Vital statistics of India. Vol. IV, Annual returns from 1871 to 1876. British Army of India, Native Army and jails of Bengal
Year: 1871
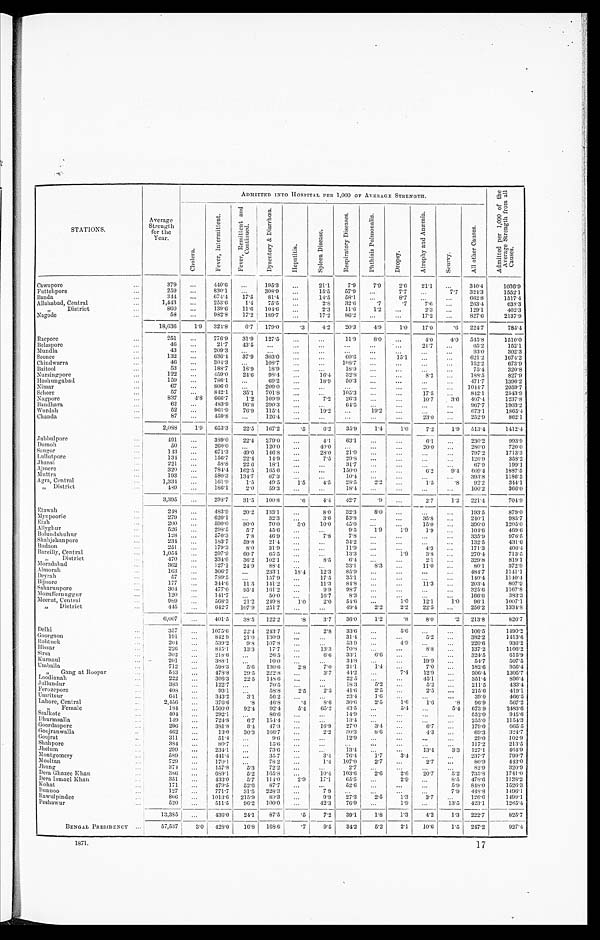
STATIONS.
ADMITTED INTO HOSPITAL PER 1,000 OF AVERAGE STRENGTH.
A d m i t t e d p e r 1 , 0 0 0 o f t h e A v e r a g e S t r e n g t h f r o m a l l C a u s e s .
Average
Strength
for the
Year.
Chol e r a .
F e v e r , I n t e r m i t t e d .
F e v e r , R e m i t t e n t a n d C o n t i n u e d .
D y s e n t e r y & D i a r r h œ a .
He p a t i t i s .
S p l e e n D i s e a s e .
R e s p i r a t o r y D i s e a s e s .
P h t h i s i s P u l m o n a l i s .
Dropsy.
A t r o p h y a n d A n æ m i a
Scur vy.
A l l o t h e r C a u s e s .
Cawnpore
...
379
. . .
4-10.6
...
195.3
. . . 21.1
7.9
7.9
2.6
21.1
...
340.4
1036.9
Futtehpore
...
259
...
830.1
...
308.9
...
15.5
57.9
...
7.7 ...
7.7 324.3
1552.1
Banda
...
3 4 4
...
674.4
17.5
81.4
...
14.5
58.1
...
8.7
...
...
662.8
1517.4
Al l ahabad, Cent r al
...
1, 443
...
253.6
1.4
75.5
. . . 2.8
32.6
. 7
. 7 7.6 ...
263.4
638.3
,, District
...
860
. . .
139.6
11.6 104.6
. . . 2.3
11.6
1.2...
2.3 ...
129.1
402. 3
Nagode
...
58
. . .982.8
17.2 189.7
...
17.2
86.2
...
...
17.2
...
827.6
2137.9
18,636
1.9 324.8
6.7 179.0
.3
4 . 2
20.3
4 . 9
1.0
17.0
. 6 224.7
785.4
Reapore
. . .
251
...
776.9
31.9 127.5
. . .
...
11.9
8.0 ...
4. 0
4 . 0 545.8
1510.0
Belaspore
...
46 ...
21.7
43.5
...
. . . ...
...
...
...
21.7
...
65.2
152.1
Mundla
...
43
. . . 209.3
...
...
. . .
. . .
. . . ...
. . .
...
...
93. 0
302.3
Seonee
...
132
...
636.4
3 7 . 9
303. .
...
...
60.6 ...
15.1
...
...
621.2
1674.2
Chi ndwar r a
...
46
. . . 304.3
...
108.7
. . . ...
108.7 ...
. . .
...
152.2
673.9
Baitool
...
53
...
188.7
1 8 . 9
18.9
...
...
18.9 ...
...
...
75.4
320. 8
Nur si ngpor e
...
1 2 2
...
459.0
24.6
98.4
. . . 16.4
32.8
...
...
8.2 ...
188.5
827.9
Hoshungabad
...
159
. . .
786.1
...
69.2 ...
18.9
5
0.3 ...
...
...
...
471.7
1396.2
Nimar
...
67
. . . 806.6
...
209.0
. . .
...
. . . ...
...
. . .
...
1044.7
2059.7
Sehore
...
57
...
842.1
3 5 . 1
701.8
. . . ...
105. 3
...
...
17.5 ...
842.1
2543.9
Nagpore
...
837
4 . 8
666.7
1.2 109.9
...
7.2
26. 3
...
...
10.7
3 . 6 407.4
1237.8
Bandhara
...
62
. . . 483.9
96.8 290.3
. . . ...
64. 5
...
...
. . .
...
967.7
1903.2
Wurdah
...
52
...
961.9
76.9 115.4
. . . 19.2
...
19.2 ...
...
...
673.1
1865.4
Chanda
...
87
. . .
459.8 ...
126.4
. . . ...
...
...
...
23.0 ...
252.9
862. 1
2,088
1.9 653.3
22.5 167.2
. 5
6.2
35. 9
1.4
1 . 0 7.2
1 . 9 513.4
1412.4
Jubbulpore
... 491
. . . 389.0
22.4 279.0
. . .
4.1
63.1
...
...
6.1 ...
230.2
993.9
Dumoh
...
50
...
260.0 ...
120.0
...
40.0 ...
...
...
20.0
280.0
720. 0
Sangor
...
143
...
671.3
4 9 . 0
146.8
. . .
28.0
21.0
...
...
. . .
. . .
797.2
1713.3
Lul l ut pore
...
134
. . .
156.7
22.4
14.9
...
7 . 5
29. 8
. . . ...
. . .
. . .
126.9
358.2
J h a n s i
...
221
. . .
58.8
22.6
18.1
...
...
31.7
...
...
. . .
. . .
67.9
199.1
Aj me r e
...
320
...
784.4 162.5 165.6
...
...
150.0 ...
...
6.2
9.4 609.4
1887.5
M u t t r a
...
193
...
580.3
134.7
67.3
. . .
...
10.4
...
. . .
...
. . .
393.8
1186.5
A g r a , C e n t r a l
...
1, 344 ...
161.9
1 . 5 49.5
1.5
4.5
28.5
2.2 ...
1.5
. 8 92.2
344.1
,, District
...
4 8 9 . . .
186.1
2.0
59.3
...
...
18.4 ...
...
...
...
100.2
366.0
3,395
. . .
298.7
31.5 100.8
.6
4.4
4 2 . 7
. 9 ...
2.7
1.2 221.4
704.9
E t a w a h
...
248
. . .
483.9
20.2 133.1
. . . 8.0
32.3
8.0
...
...
...
193.5
879.0
Mynpoorie
...
279 . . .
620.1
...
32.3
...
3.6
53.8 ...
...
35.8 ...
240.1
985.7
Etah
...
2 0 0
...
590.0
8 0 . 0
70.0
5.0
10.0
45.0 ...
...
15.0 ...
390.0
1205.0
Al l y g h u r
...
526
...
298.5
5.7
45.6
. . . ...
9.5
1 . 9
1 . 9 1.9 ...
104.6
4 6 9 . 6
Bilundshuhur
...
128
...
570.3
7.8
46.9
. . .
7.8
7.8
...
. . .
. . .
. . .
335.9
976.5
S h a h j e h a n p o r e
...
234
...
183.7
59.8
21.4
...
34.2
...
...
...
...
132.5
431.6
Budaon
...
251
...
179.3
8.0
31.9
. . .
... 11.9
...
...
4.0 ...
171.3
406.4
B a r e i l l y , C e n t r a l
...
1,054
...
297.9
60.7
65.5
...
...
13.3
1.9
3.8 ...
270.4
713.5
,, District
...
470
...
334.0
36.2 102.1
...
8 . 5
6.4
...
. . .
2.1...
329.8
819.1
M o r a d a b a d
...
362
...
127.1
24.9
88.4
. . .
...
33.1
8.3
...
11.0
...
80.1
372.9
Almorah
...
163
. . .
306.7 ...
233.1
1 8 . 4
1 2 . 3
85.9 ...
. . .
... ...
484.7
1141.1
Deyrah
...
57
...
789.5
...
157.9
. . .
17.5
35.1
...
...
...
...
140.4
1140.4
Bijnore
...
1 7 7.
. .
344.6
1 1 . 3
141.2
...
11 ,3
84.8 ...
...
11.3
203.4
807.9
Sahar unpor e
..
304
. . .
477.0
95.4 161.2
...
9 . 9 98.7
...
. . .
. . .
325.6
1167.8
Moznffernuggur
...
120
...
141.7
... 50.0
...
16.7
8.3 ...
...
. . .
. . . .
166.6
383.3
Meerut, Central
...
989
. . .
568.3
2 1 . 2
249.8
1 . 0
2.0
54.6 ...
1.0
12.1
1 . 0 96.1
1007.1
,, District
...
445
. . .
642.7 107.9 251.7
. . .
. . .
49.4
2.2
2.2
22.5
...
256.2
1 3 3 4 . 8
6 , 0 0 7 . . .
401.5
38.5
122.2
. 8
3.7
36.0
1.2
.8
8.0
.2 213.8
826.7
Delhi
...
357 . . .
1075. 622.4
243.7
...
2.8
3 3 . 6
...
5 . 6
... ...
106.5
1490.2
Goor ga on
...
1 9 1
...
842.9
21.0 130.9
... ...
31.4
...
...
5.2
...
382.2
1413.6
Rohtuck
...
2 0 4
. . .
539.2
9 . 8 107.8
. . .
...
5 3 . 9
. . .
4 . 9 . . . ...
220.6
936.2
Hi ssar
...
2 2 6
. . .
815.1
1 3 . 3
1 7 . 7 . . .
1 3 . 3
70.8
. . .
. . .
8.8 ...
137.2
1106.2
Sirsa
...
3 0 2
. . .
218.6
. . . 26.5
. . .
6.6
3 3 . 1
6.6
...
... ...
324.5
615.9
Kur na ul
...
201
. . .
388.1
...
1 0 . 0
. . .
... 34.8
. . . ...
19.9 ...
54.7
507.5
U m b a l l a
... 712
...
598.3
5 . 6
1 3 0 . 6 2 . 8
7 . 0
21.1
1.4 ...
7.0 ...
182.6
956.4
, , G a n g a t R o o p a r
...
5 4 3
. . .
478.8
29.5 222.8
. . .
3.7
44.2 ...
7.4
12.9 ...
506.4
1305.7
Loodianah
. . .
2 2 2 ...
306.3
22.5
1 4 8 . 6
...
... 22.5
...
. . .
4 5 . 1 ...
351.4
8 9 6 . 4
Jullundur
...
3 8 3
. . .
122.7
...
70.5
. . .
. . .
18.3
5.2
...
5.2...
211.5
433.4
Fer ozepor e
. . .
408
...
9 3 . 1
...
58.8
2 . 5
2 . 5
41.6
2.5
...
2.5...
215.6
419.1
Umritsur
. . .
641
...
343.2
3 . 1 56.2
. . .
...
2 3 . 4
1.6 ...
...
...
3 9 . 0
466.5
L a h o r e , C e n t r a l
. . .
2,456
...
376.6
.8
46.8
. 4
8.6
30.6
2.5
1.6
1.6
.8
96.9
567.2
,, Female
. . .
1 8 4
...
1500.0
92.4
92.4
5.4
65.2
43.5
. . .
5.4 ...
5.4 673.9
2483.6
S e a l k o t e
. . .
4 0 4
...
292.1
...
86.6
. . . ...
14.9
. . . ...
. . . ...
552.0
945.6
Dh u r ms a l l a
. . .
1 4 9
. . .
724.8
6 . 7 154.4
...
. . .
1 3 . 4 ...
. . .
. . .
. . . 255.0
1154.3
Goordaspore
. . .
2 9 6
...
381.8
3 . 4
4 7 . 3 . . .
1 6 . 9
27.0
3.4
. . .
6.7 ...
179.0
665.5
Goojranwalla
. . .
4 6 2
...
13.0
30.3
1 6 6 . 7 ...
2 . 2 30.3
8.6
. . .
4.3 ...
69.3
324.7
Goojrat
. . .
3 1 1
...
51.4
...
9 . 6 . . .
... 12.9
...
...
... ...
29.0
102.9
S h a h p o r e
. . .
3 8 4
...
8 0 . 7 ...
15.6
...
...
...
. . .
...
... ...
117.2
213.5
Jhelum
. . .
2 9 9
. . .
234. 1
...
73.6
. . .
...
13.4 ...
. . . 13.4
3.3 127.1
464.9
M o n t g o m e r y
. . .
5 8 9
...
441.4
. . . 35.7
...
3 . 4
76.4
1 . 7 3.4
... ...
237.7
799.7
Mooltan
. . .
7 2 9
. . . 170.1 ...
78.2
. . .
1.4 107.0
2.7
...
2.7
...
80.9
4 4 3 . 0
Jhung
. . .
3 7 4
. . .
157.8
5 . 3 72.2
. . .
...
2 . 7
... ...
. . .
. . . 82.9
320.9
D e r a G h a z e e K h a n
. . .
3 8 6
. . . 689.15.2
1 6 5 . 8
...
1 0 . 4
103.6
2.6
2.6
20.7
5.2 735.8
1741.0
Dera Ismael Khan
. . .
3 5 1
...
433.0
5 . 7 114.0
2 . 9
17.1
65.5
...
2.9
...
8 . 5 478.6
1128.2
Kohat
. . .
1 7 1
. . .
479.5
52.6
87.7
. . .
. . .
52.6
... ...
...
5.9 848.0
1526.3
B u n n o o
. . .
127
. . .
771.7
31.5 228.3
...
7 9
. . .
. . .
. . .
...
7 . 9 448.8
1496.1
R a w u l p i n d e e
. . .
8 0 6 ...
1013.6 215.9 89.3
. . .
9.9
2 7 . 3
2.5
1.3
3.7
...
126.6
1490.1
Peshawur
...
5 2 0 . . .
511.5
96.2 100.0
. . .
42.3
76.9 ...
1.9
...
1 3 . 5 423.1 _
13,385
...
436.0 24.1
87.5
. 5
7 . 2 39.1
1.8
1.3
4.2
1.3 222.7
825.7
BENGAL PRESIDENCY ...
57,537
3 . 0 428.0 16.8
168.6
.7 9.5
34.2
5.2
2 . 1
10.6
1.5 247.2
927.4
1871.
17